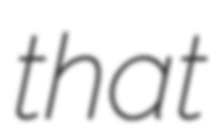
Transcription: that